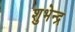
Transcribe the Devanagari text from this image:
शुभेन्द्र